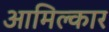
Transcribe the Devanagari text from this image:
आमिल्कार